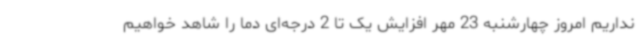
نداریم امروز چهارشنبه 23 مهر افزایش یک تا 2 درجه‌ای دما را شاهد خواهیم